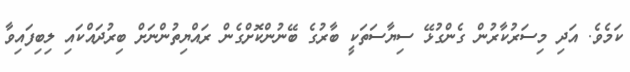
ކަމެވެ. އަދި މިސަރުކާރުން ގެންގުޅޭ ސިޔާސަތަކީ ބާރުގެ ބޭނުންކޮށްގެން ރައްޔިތުންނަށް ބިރުދައްކައި ލިބިފައިވާ